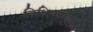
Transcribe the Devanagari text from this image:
विधिसहायक